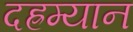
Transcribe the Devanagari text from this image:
दह्रम्यान